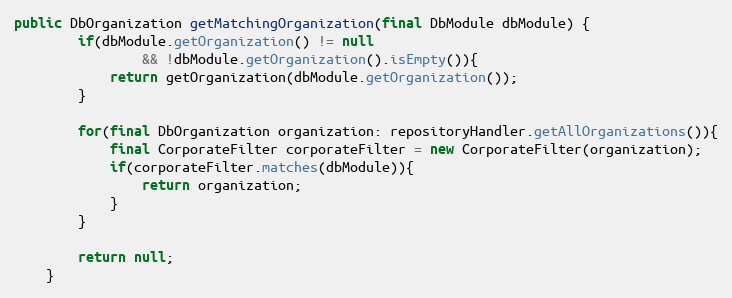
Language: Java
public DbOrganization getMatchingOrganization(final DbModule dbModule) {
        if(dbModule.getOrganization() != null
                && !dbModule.getOrganization().isEmpty()){
            return getOrganization(dbModule.getOrganization());
        }

        for(final DbOrganization organization: repositoryHandler.getAllOrganizations()){
            final CorporateFilter corporateFilter = new CorporateFilter(organization);
            if(corporateFilter.matches(dbModule)){
                return organization;
            }
        }

        return null;
    }